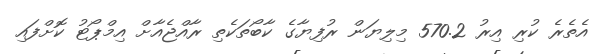
އެތެރެ ކުރި އިރު 570.2 މިލިޔަން ރުފިޔާގެ ކާބޯތަކެތި ރާއްޖެއާށް އިމްޕޯޓު ކޮށްފައި